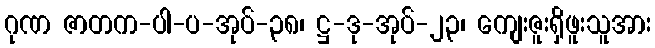
ဂုဏ ဇာတက-ပါ-ပ-အုပ်-၃၈၊ ဋ္ဌ-ဒု-အုပ်-၂၃၊ ကျေးဇူးရှိဖူးသူအား